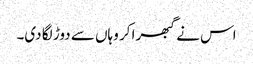
اس نے گبھرا کر وہاں سے دوڑ لگا دی۔